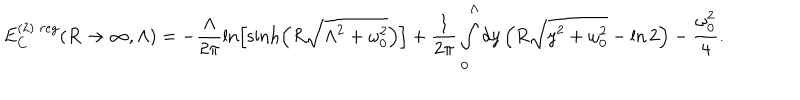
LaTeX: E _ { C } ^ { ( 2 ) \; r e g } ( R \to \infty , \Lambda ) = - \frac { \Lambda } { 2 \pi } \ln \left[ \sinh \left( R \sqrt { \Lambda ^ { 2 } + \omega _ { 0 } ^ { 2 } } \right) \right] + \frac { 1 } { 2 \pi } \int _ { 0 } ^ { \Lambda } d y \left( R \sqrt { y ^ { 2 } + \omega _ { 0 } ^ { 2 } } - \ln 2 \right) - \frac { \omega _ { 0 } ^ { 2 } } { 4 } .